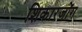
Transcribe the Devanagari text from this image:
शिकारजोंग